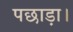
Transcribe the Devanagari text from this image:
पछाड़ा।